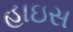
હાઇસ